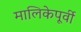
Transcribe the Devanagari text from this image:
मालिकेपूर्वी